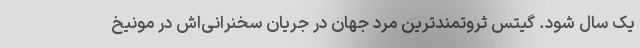
یک سال شود. گیتس ثروتمندترین مرد جهان در جریان سخنرانی‌اش در مونیخ